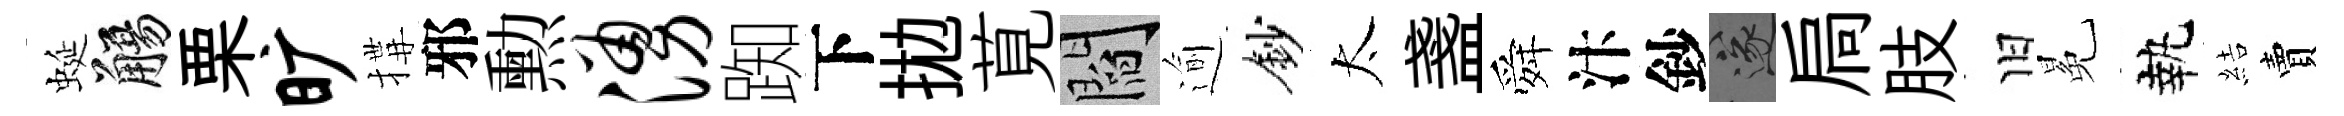
蜒觴栗旷搆邪勲涌踟下拋莧閻逾鈔太盞舜汴鈔遂扃肢旧冕執結賣